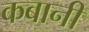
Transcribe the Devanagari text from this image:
कबानी